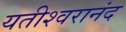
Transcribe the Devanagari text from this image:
यतीश्वरानंद